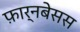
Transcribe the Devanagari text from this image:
फ़ार्नबेसस